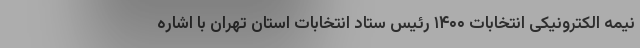
نیمه الکترونیکی انتخابات ۱۴۰۰ رئیس ستاد انتخابات استان تهران با اشاره